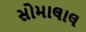
સોમાલાલ